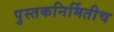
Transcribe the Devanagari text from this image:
पुस्तकनिर्मितीच